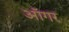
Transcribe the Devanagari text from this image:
ऑगर